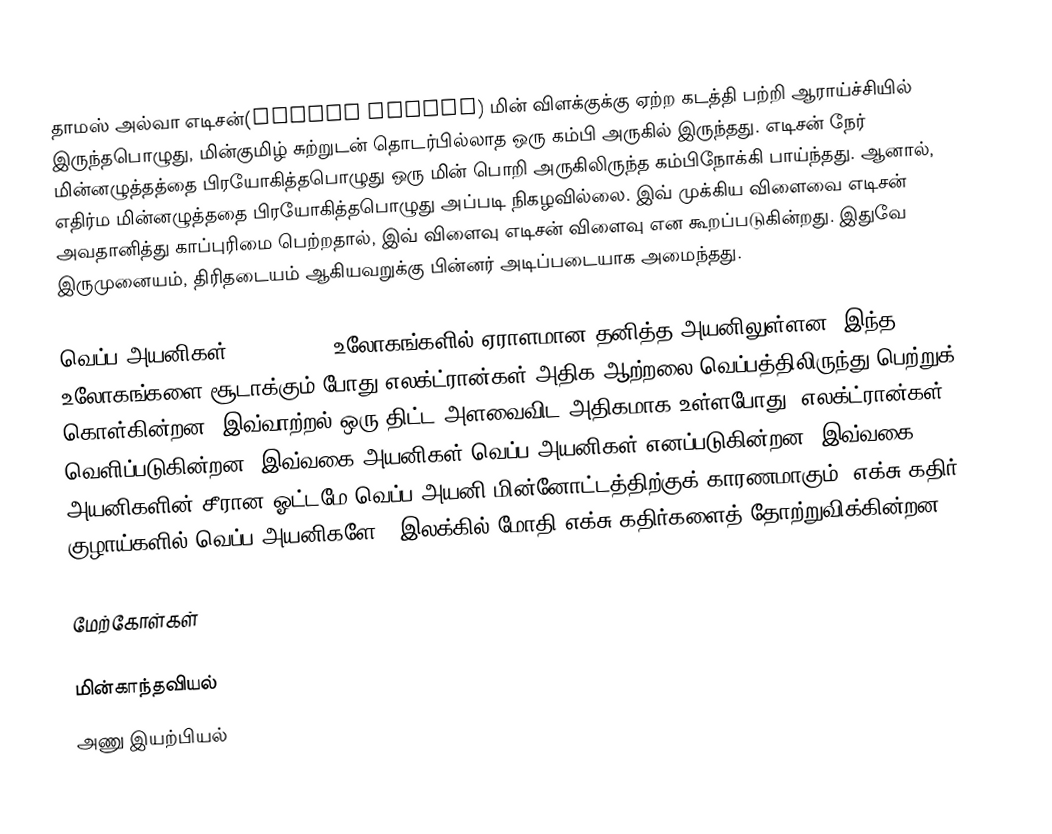
தாமஸ் அல்வா எடிசன்(Edison effect) மின் விளக்குக்கு ஏற்ற கடத்தி பற்றி ஆராய்ச்சியில் இருந்தபொழுது, மின்குமிழ் சுற்றுடன் தொடர்பில்லாத ஒரு கம்பி அருகில் இருந்தது. எடிசன் நேர் மின்னழுத்தத்தை பிரயோகித்தபொழுது ஒரு மின் பொறி அருகிலிருந்த கம்பிநோக்கி பாய்ந்தது. ஆனால், எதிர்ம மின்னழுத்ததை பிரயோகித்தபொழுது அப்படி நிகழவில்லை. இவ் முக்கிய விளைவை எடிசன் அவதானித்து காப்புரிமை பெற்றதால், இவ் விளைவு எடிசன் விளைவு என கூறப்படுகின்றது. இதுவே இருமுனையம், திரிதடையம் ஆகியவறுக்கு பின்னர் அடிப்படையாக அமைந்தது.

வெப்ப அயனிகள் (Thermions) உலோகங்களில் ஏராளமான தனித்த அயனிலுள்ளன. இந்த உலோகங்களை சூடாக்கும் போது,எலக்ட்ரான்கள் அதிக ஆற்றலை வெப்பத்திலிருந்து பெற்றுக் கொள்கின்றன. இவ்வாற்றல் ஒரு திட்ட அளவைவிட அதிகமாக உள்ளபோது, எலக்ட்ரான்கள் வெளிப்படுகின்றன. இவ்வகை அயனிகள் வெப்ப அயனிகள் எனப்படுகின்றன. இவ்வகை அயனிகளின் சீரான ஓட்டமே வெப்ப அயனி மின்னோட்டத்திற்குக் காரணமாகும். எக்சு கதிர் குழாய்களில் வெப்ப அயனிகளே , இலக்கில் மோதி எக்சு கதிர்களைத் தோற்றுவிக்கின்றன.

மேற்கோள்கள்

மின்காந்தவியல்
அணு இயற்பியல்